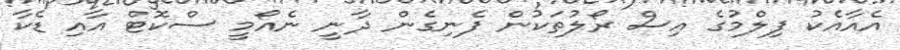
އެއާއެކު ފިލްމުގެ އިސް ރޯލުތަކުން ފެނިގެން ދާނީ ނެއޯމީ ސްކޮޓް އާއި ޑެކާ